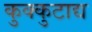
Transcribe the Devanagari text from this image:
कुक्कुटाद्य